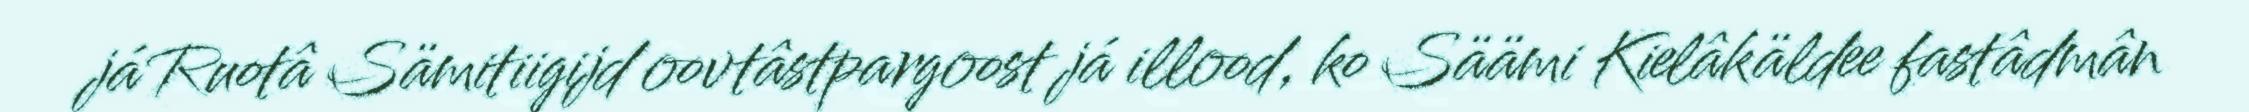
já Ruotâ Sämitiigijd oovtâstpargoost já illood, ko Säämi Kielâkäldee fastâdmân